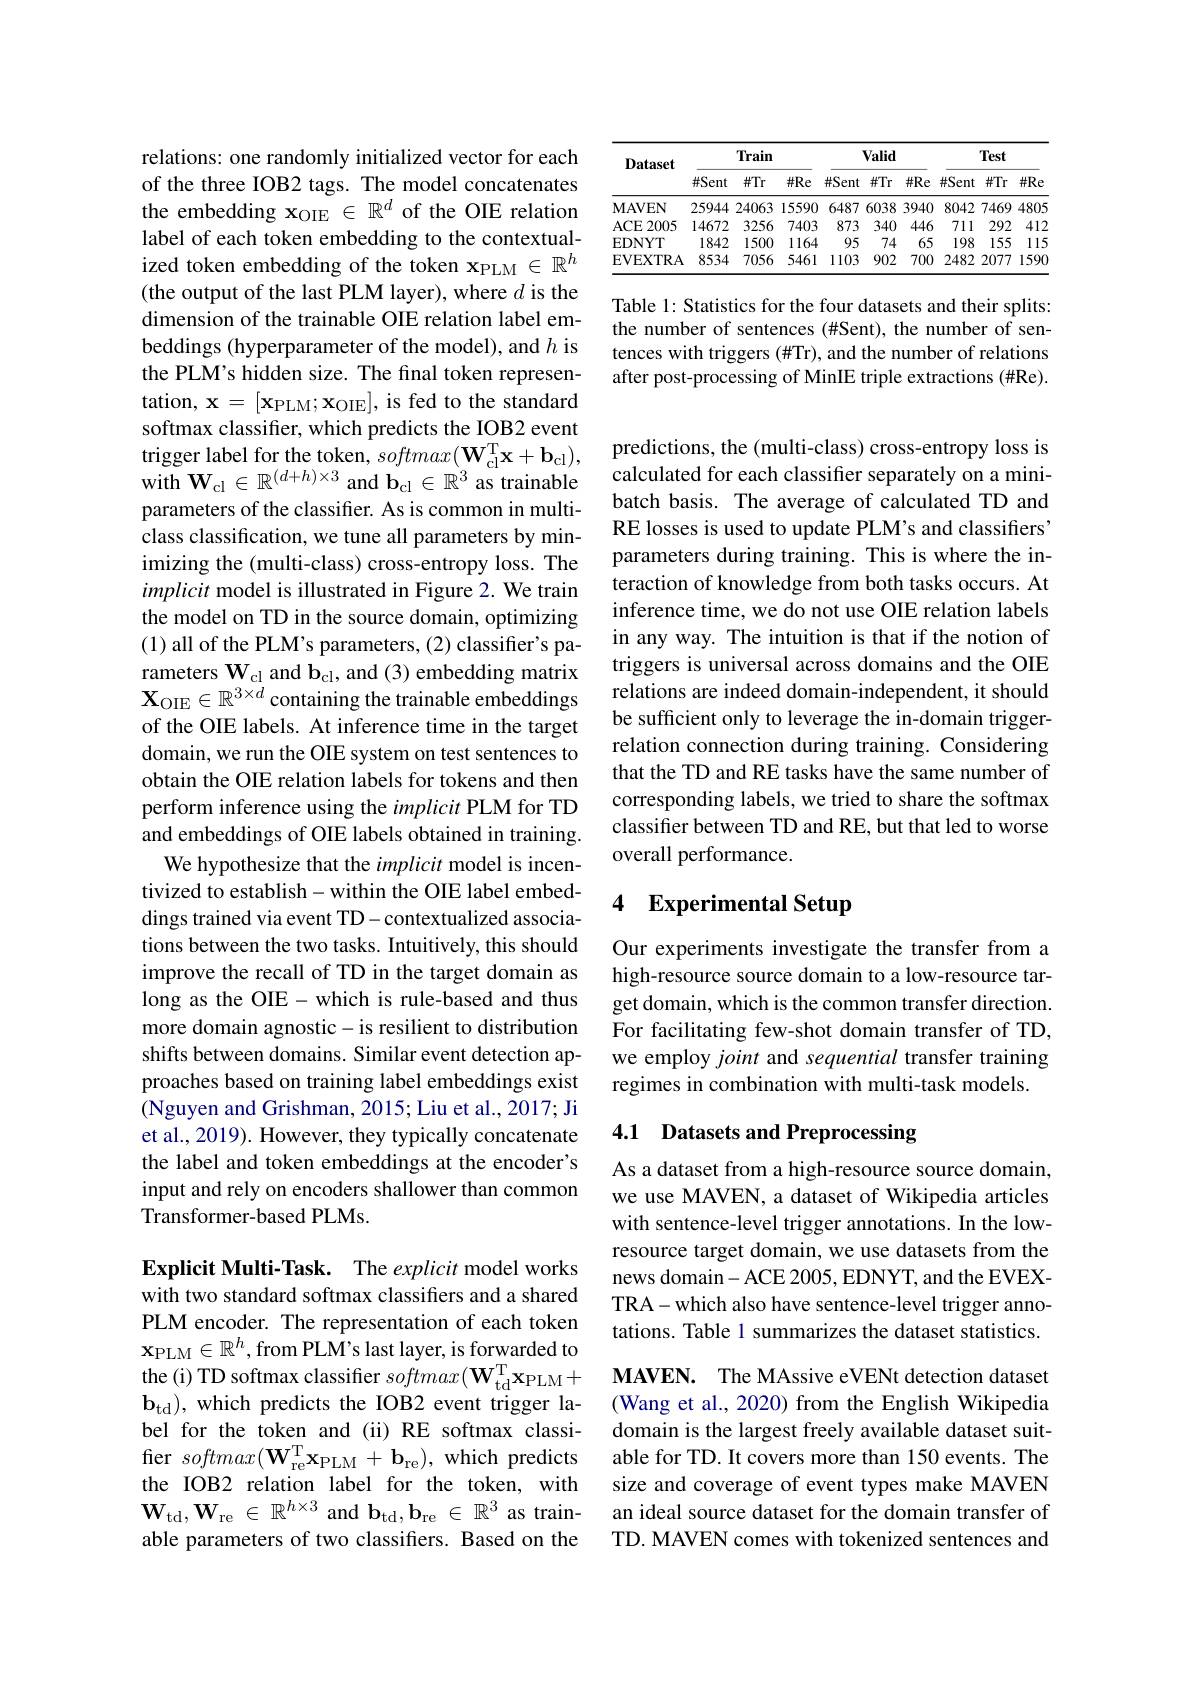
relations: one randomly initialized vector for each of the three IOB2 tags. The model concatenates the embedding $\mathbf{x}_\mathrm{OIE}\in\mathbb{R}^d$ of the OIE relation label of each token embedding to the contextualized token embedding of the token x$_\mathrm{PLM}\in\mathbb{R}^h$ (the output of the last PLM layer), where $d$ is the dimension of the trainable OIE relation label embeddings (hyperparameter of the model), and $h$ is the PLM's hidden size. The final token representation, $\mathbf{x} = [ \mathbf{x} _{\mathrm{PLM}}; \mathbf{x} _{\mathrm{OIE}}] $, is fed to the standard softmax classifier, which predicts the IOB2 event trigger label for the token, $softmax( \mathbf{W} _{\mathrm{cl}}^{\mathrm{T} }\mathbf{x} + \mathbf{b} _{\mathrm{cl}}) $, with $\mathbf{W}_{\mathrm{cl}}\in\mathbb{R}^{(d+h)\times3}$ and $\mathbf{b}_\mathrm{cl}\in\mathbb{R}^{3}$ as trainable parameters of the classifier. As is common in multiclass classification, we tune all parameters by minimizing the (multi-class) cross-entropy loss. The implicit model is illustrated in Figure 2. We train the model on TD in the source domain, optimizing (1) all of the PLM's parameters, (2) classifier's parameters $\mathbf{W}_{\mathrm{cl}}$ and b$_\mathrm{cl}$, and (3) embedding matrix $\mathrm{X}_{\mathrm{OIE}}\in\mathbb{R}^{3\times d}$ containing the trainable embeddings of the OIE labels. At inference time in the target domain, we run the OIE system on test sentences to obtain the OIE relation labels for tokens and then perform inference using the implicit PLM for TD and embeddings of OIE labels obtained in training.
We hypothesize that the implicit model is incentivized to establish-within the OIE label embeddings trained via event TD-contextualized associations between the two tasks. Intuitively, this should improve the recall of TD in the target domain as long as the OIE- which is rule-based and thus more domain agnostic-is resilient to distribution shifts between domains. Similar event detection approaches based on training label embeddings exist (Nguyen and Grishman, 2015; Liu et al., 2017; Ji et al., 2019). However, they typically concatenate the label and token embeddings at the encoder's input and rely on encoders shallower than common Transformer-based PLMs.

Explicit Multi-Task. The explicit model works with two standard softmax classifers and a shared PLM encoder. The representation of each token $\mathbf{x}_{\mathrm{PLM}}\in\mathbb{R}^h$,from PLM's last layer, is forwarded to $\mathbf{b}_{\mathrm{td}})$, which predicts the IOB2 event trigger label for the token and (ii) RE softmax classifier $softmax(\mathbf{W}_{\mathrm{re}}^{\mathrm{T}}\mathbf{x}_{\mathrm{PLM}}+\mathbf{b}_{\mathrm{re}})$,which predicts the IOB2 relation label for the token, with $\mathbf{W}_{\mathrm{td}},\mathbf{W}_{\mathrm{re}}\in\mathbb{R}^{h\times3}$ and $\mathbf{b}_\mathrm{td},\mathbf{b}_\mathrm{re}\in\mathbb{R}^3$ as trainable parameters of two classifiers. Based on the

<table>
	<tbody>
		<tr>
			<th rowspan="2">$\mathbf{Dataset}$</th>
			<th colspan="3">Train</th>
			<th colspan="3">Valid</th>
			<th colspan="3">Test</th>
		</tr>
		<tr>
			<th>$\#Sent$</th>
			<th>$\#Tr$</th>
			<th>$\#Re$</th>
			<th>$\#Sent$</th>
			<th>$\#Tr$</th>
			<th>$\#Re$</th>
			<th>$\#Sent$</th>
			<th>$\#Tr$</th>
			<th>$\#Re$</th>
		</tr>
		<tr>
			<td>$\mathbf{MAVEN}$</td>
			<td>25944</td>
			<td>24063</td>
			<td>15590</td>
			<td>6487</td>
			<td>6038</td>
			<td>3940</td>
			<td>8042</td>
			<td>7469</td>
			<td>4805</td>
		</tr>
		<tr>
			<td>ACE 2005</td>
			<td>14672</td>
			<td>3256</td>
			<td>7403</td>
			<td>873</td>
			<td>340</td>
			<td>446</td>
			<td>711</td>
			<td>292</td>
			<td>412</td>
		</tr>
		<tr>
			<td>EDNYT</td>
			<td>1842</td>
			<td>1500</td>
			<td>1164 T</td>
			<td>95</td>
			<td>74</td>
			<td>65</td>
			<td>198</td>
			<td>155</td>
			<td>15 1</td>
		</tr>
		<tr>
			<td>EVEXTRA</td>
			<td>8534</td>
			<td>7056</td>
			<td>5461</td>
			<td>1103</td>
			<td>902</td>
			<td>700</td>
			<td>2482</td>
			<td>2077</td>
			<td>1590</td>
		</tr>
	</tbody>
</table>

Table 1: Statistics for the four datasets and their splits: the number of sentences (#Sent), the number of sentences with triggers (#Tr), and the number of relations after post-processing of MinIE triple extractions (#Re).

predictions, the (multi-class) cross-entropy loss is calculated for each classifier separately on a minibatch basis. The average of calculated TD and RE losses is used to update PLM's and classifiers" parameters during training. This is where the interaction of knowledge from both tasks occurs. At inference time, we do not use OIE relation labels in any way. The intuition is that if the notion of triggers is universal across domains and the OIE relations are indeed domain-independent, it should be sufficient only to leverage the in-domain triggerrelation connection during training. Considering that the TD and RE tasks have the same number of corresponding labels, we tried to share the softmax classifier between TD and RE, but that led to worse overall performance.

## 4 Experimental Setup

Our experiments investigate the transfer from a high-resource source domain to a low-resource target domain, which is the common transfer direction. For facilitating few-shot domain transfer of TD, we employ joint and sequential transfer training regimes in combination with multi-task models

## 4.1 Datasets and Preprocessing

As a dataset from a high-resource source domain, we use MAVEN, a dataset of Wikipedia articles with sentence-level trigger annotations. In the lowresource target domain, we use datasets from the news domain- ACE 2005, EDNYT, and the EVEXTRA-which also have sentence-level trigger annotations. Table 1 summarizes the dataset statistics.

the (i) TD softmax classifier $softmax( \mathbf{W} _{\mathrm{td}}^{\mathrm{T} }\mathbf{x} _{\mathrm{PLM}}+$ $\mathbf{MAVEN. }$ The MAssive eVENt detection dataset
(Wang et al., 2020) from the English Wikipedia domain is the largest freely available dataset suitable for TD. It covers more than 150 events. The size and coverage of event types make MAVEN an ideal source dataset for the domain transfer of TD. MAVEN comes with tokenized sentences and